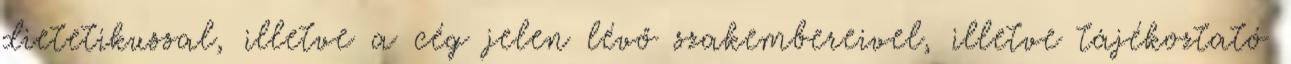
dietetikussal, illetve a cég jelen lévő szakembereivel, illetve tájékoztató